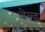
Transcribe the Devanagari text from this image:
बेल्ड